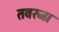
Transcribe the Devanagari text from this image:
तवरजा